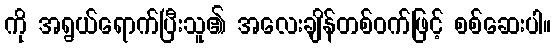
ကို အရွယ်ရောက်ပြီးသူ၏ အလေးချိန်တစ်ဝက်ဖြင့် စစ်ဆေးပါ။